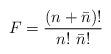
LaTeX: \begin{align*}F = {{(n + \bar{n})!} \over {n! \ \bar{n}!}}\end{align*}